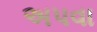
અપવા